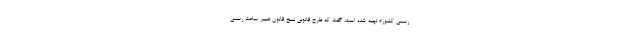
رسمی کشور» تهیه شده است، گفت که طرح قانونی نسخ قانون تغییر ساعت رسمی